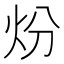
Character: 𤆶